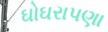
ઘોઘરાપણા